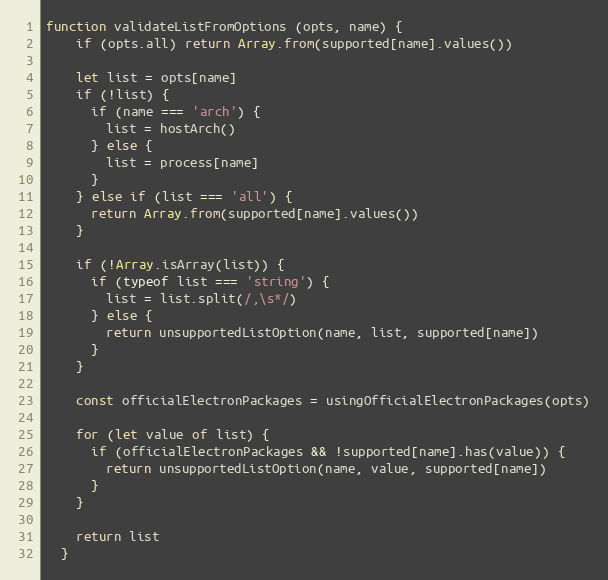
Language: JavaScript
function validateListFromOptions (opts, name) {
    if (opts.all) return Array.from(supported[name].values())

    let list = opts[name]
    if (!list) {
      if (name === 'arch') {
        list = hostArch()
      } else {
        list = process[name]
      }
    } else if (list === 'all') {
      return Array.from(supported[name].values())
    }

    if (!Array.isArray(list)) {
      if (typeof list === 'string') {
        list = list.split(/,\s*/)
      } else {
        return unsupportedListOption(name, list, supported[name])
      }
    }

    const officialElectronPackages = usingOfficialElectronPackages(opts)

    for (let value of list) {
      if (officialElectronPackages && !supported[name].has(value)) {
        return unsupportedListOption(name, value, supported[name])
      }
    }

    return list
  }